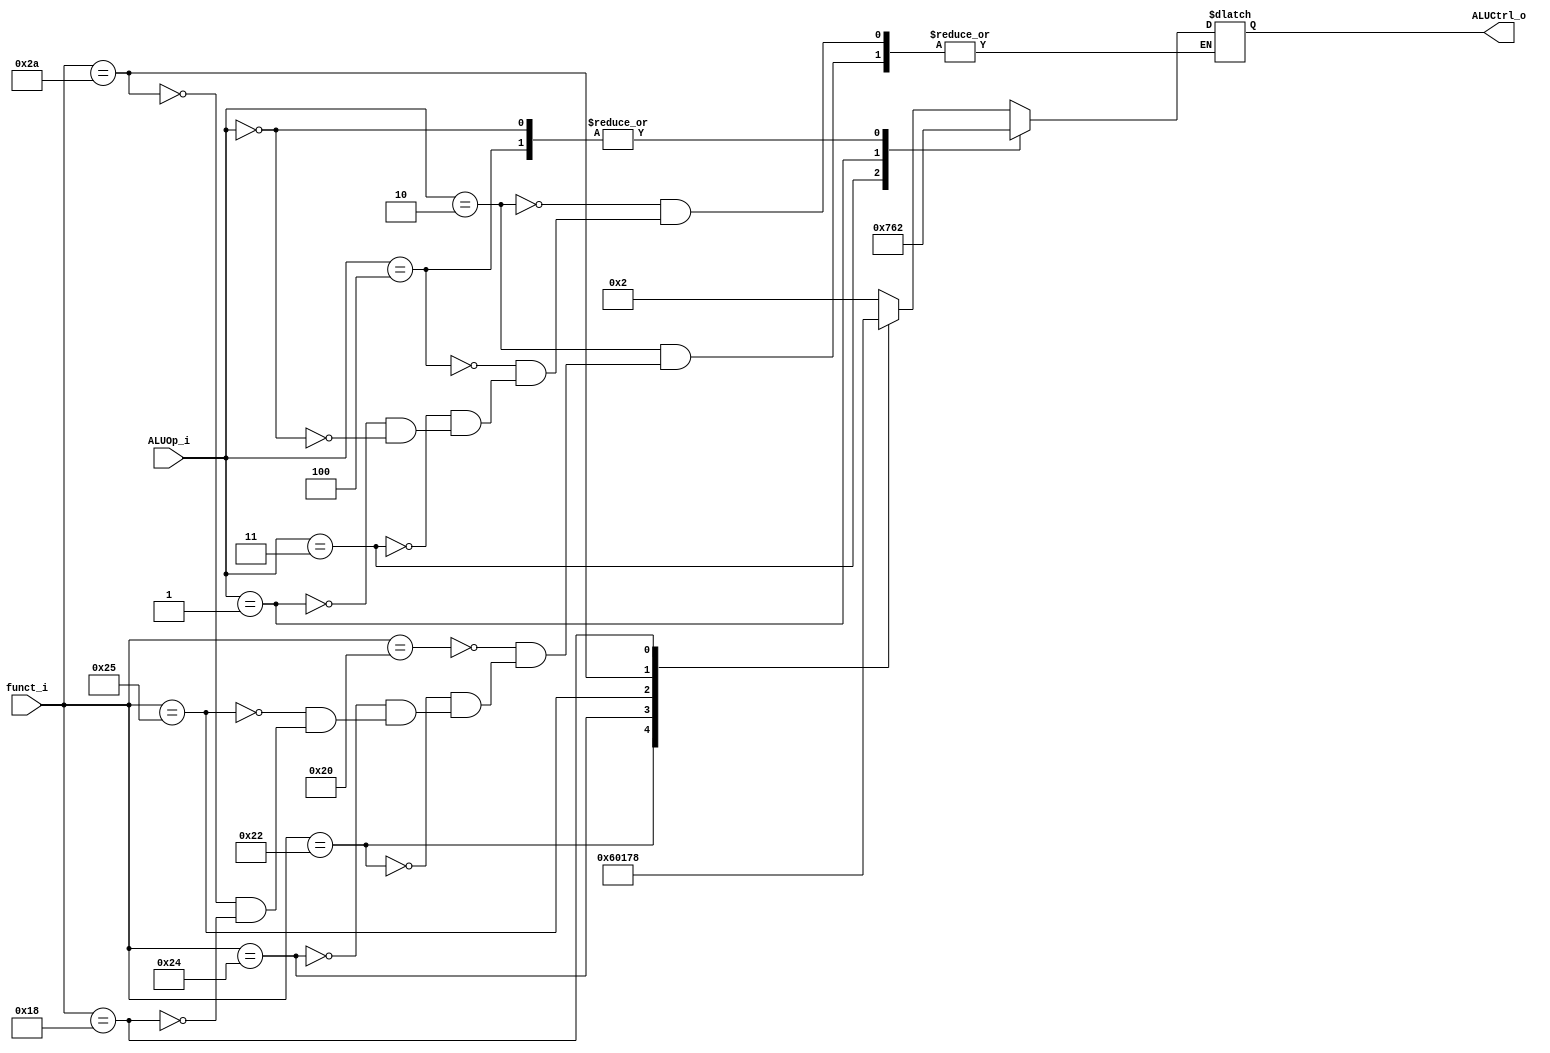
module ALU_Ctrl(
          funct_i,
          ALUOp_i,
          ALUCtrl_o
          );
          
//I/O ports 
input      [6-1:0] funct_i;
input      [3-1:0] ALUOp_i;

output     [4-1:0] ALUCtrl_o;    
     
//Internal Signals
reg        [4-1:0] ALUCtrl_o;

//Parameter
// wire c0,c1,c2,c3;
// assign c0 = (!ALUOp_i[2] && ALUOp_i[1] && !ALUOp_i[0] && funct_i[0]) || (!ALUOp_i[2] && ALUOp_i[1] && !ALUOp_i[0] && funct_i[3] && funct_i[1]) || (!ALUOp_i[2] && ALUOp_i[1] && ALUOp_i[0]);
// assign c1 = (!ALUOp_i[2] && !ALUOp_i[1] && !ALUOp_i[0]) || (!ALUOp_i[2] && !ALUOp_i[1] && ALUOp_i[0]) || (!ALUOp_i[2] && ALUOp_i[1] && !ALUOp_i[0] && !funct_i[4] && !funct_i[2]) || (ALUOp_i[2] && !ALUOp_i[1] && !ALUOp_i[0]) || (!ALUOp_i[2] && ALUOp_i[1] && ALUOp_i[0]);
// assign c2 = (!ALUOp_i[2] && !ALUOp_i[1] && ALUOp_i[0]) || (!ALUOp_i[2] && ALUOp_i[1] && !ALUOp_i[0] && funct_i[1]) || (!ALUOp_i[2] && ALUOp_i[1] && ALUOp_i[0]);
// assign c3 = !ALUOp_i[2] && ALUOp_i[1] && !ALUOp_i[0] && !funct_i[5] && funct_i[4] && funct_i[3] && !funct_i[2] && !funct_i[1] && !funct_i[0];
// always @(*) begin
//     ALUCtrl_o = {c3,c2,c1,c0};
// end
always @(*) begin
   case(ALUOp_i)
        3'b010:begin
            case(funct_i)
                6'b100000: ALUCtrl_o <=4'b0010;
                6'b100010: ALUCtrl_o <=4'b0110;
                6'b100100: ALUCtrl_o <=4'b0000;
                6'b100101: ALUCtrl_o <=4'b0001;
                6'b101010: ALUCtrl_o <=4'b0111;
                6'b011000: ALUCtrl_o <=4'b1000;
            endcase
        end
        3'b100:ALUCtrl_o <=4'b0010;
        3'b011:ALUCtrl_o <=4'b0111;
        3'b001:ALUCtrl_o <=4'b0110;
        2'b000:ALUCtrl_o <=4'b0010;
   endcase
end

endmodule